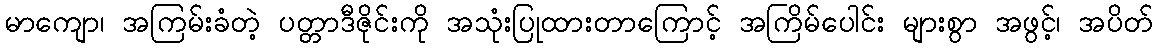
မာကျော၊ အကြမ်းခံတဲ့ ပတ္တာဒီဇိုင်းကို အသုံးပြုထားတာကြောင့် အကြိမ်ပေါင်း များစွာ အဖွင့်၊ အပိတ်